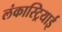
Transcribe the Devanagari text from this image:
लंकास्ट्रियाई